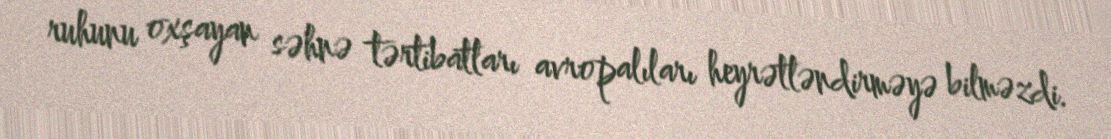
ruhunu oxşayan səhnə tərtibatları avropalıları heyrətləndirməyə bilməzdi.